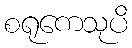
စရုကေသုပိ